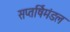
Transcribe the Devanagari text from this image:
सप्तर्षिमंडल